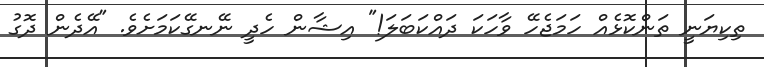
ތިކިޔަނީ ތަންކޮޅެއް ހަމަޖެހޭ ވާހަކަ ދައްކަބަލަ!" އިޝާން ހެދީ ނޭނގޭކަމަށެވެ. "އޭދެން ދޮގު